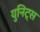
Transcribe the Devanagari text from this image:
युनिट्स